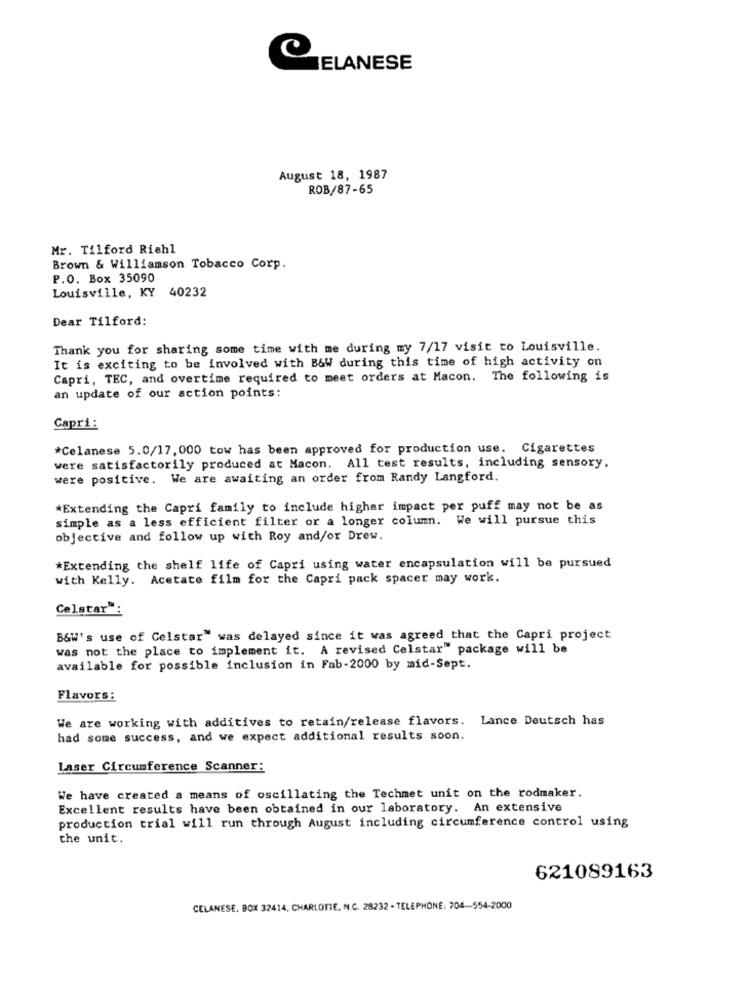
ELANESE
August 18, 1987
ROB/87-65
Mr. Tilford Riehl
Brown & Williamson Tobacco Corp.
P.O. Box 35090
Louisville, KY 40232
Dear Tilford:
Thank you for sharing some time with me during my 7/17 visit to Louisville.
It is exciting to be involved with B&W during this time of high activity on
Capri, TEC, and overtime required to meet orders at Macon. The following is
an update of our action points:
Capri:
*Celanese 5.0/17,000 tow has been approved for production use. Cigarettes
were satisfactorily produced at Macon. All test results, including sensory,
were positive. We are awaiting an order from Randy Langford.
*Extending the Capri family to include higher impact per puff may not be as
simple as a less efficient filter or a longer column. We will pursue this
objective and follow up with Roy and/or Drew.
*Extending the shelf life of Capri using water encapsulation will be pursued
with Kelly. Acetate film for the Capri pack spacer may work.
Celstar":
B&W's use of Celstar" was delayed since it was agreed that the Capri project
was not the place to implement it. A revised Celstar" package will be
available for possible inclusion in Fab-2000 by mid-Sept.
Flavors:
We are working with additives to retain/release flavors. Lance Deutsch has
had some success, and we expect additional results soon.
Laser Circumference Scanner:
We have created a means of oscillating the Techmet unit on the rodmaker.
Excellent results have been obtained in our laboratory. An extensive
production trial will run through August including circumference control using
the unit.
621089163
CELANESE, BOX 32414, CHARLOTTE, N.C. 28232 - TELEPHONE: 704-554-2000